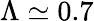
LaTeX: \Lambda\simeq 0.7